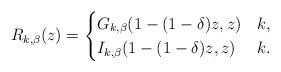
LaTeX: \begin{align*} R_{k, \beta}(z)=\begin{cases} G_{k, \beta} (1-(1-\delta)z, z)& k ,\\ I_{k, \beta} (1-(1-\delta)z, z)& k . \end{cases} \end{align*}